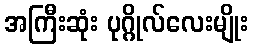
အကြီးဆုံး ပုဂ္ဂိုလ်လေးမျိုး